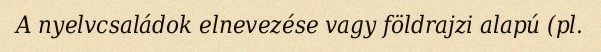
A nyelvcsaládok elnevezése vagy földrajzi alapú (pl.